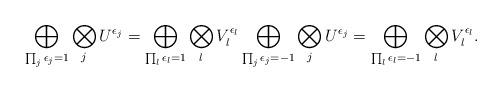
LaTeX: \begin{align*}\bigoplus_{\prod_j\epsilon_j=1}\bigotimes_jU^{\epsilon_j}=\bigoplus_{\prod_l\epsilon_l=1}\bigotimes_lV_l^{\epsilon_l}\bigoplus_{\prod_j\epsilon_j=-1}\bigotimes_jU^{\epsilon_j}=\bigoplus_{\prod_l\epsilon_l=-1}\bigotimes_lV_l^{\epsilon_l}.\end{align*}